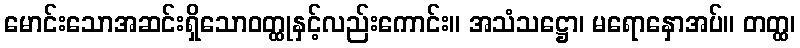
မောင်းသောအဆင်းရှိသောဝတ္ထုနှင့်လည်းကောင်း။ အသံသဋ္ဌော၊ မရောနှောအပ်။ တတ္ထ၊